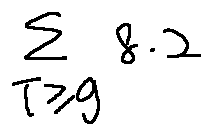
\sum \limits _ { T \geq g } 8 . 2